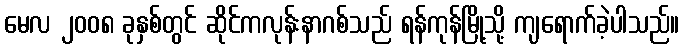
မေလ ၂၀၀၈ ခုနှစ်တွင် ဆိုင်ကလုန်းနာဂစ်သည် ရန်ကုန်မြို့သို့ ကျရောက်ခဲ့ပါသည်။